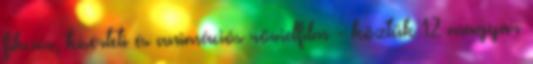
fikciós, kísérleti és animációs rövidfilm - köztük 12 magyar